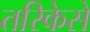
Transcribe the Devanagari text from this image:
तरिकेसे